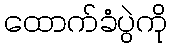
ထောက်ခံပွဲကို